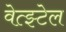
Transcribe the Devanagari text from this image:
वेत्झ्टेल